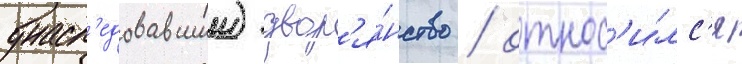
унасл'едовавшии) двор'я́нство / относ'и́лс'я